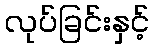
လုပ်ခြင်းနှင့်